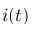
i ( t )